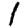
Digit: 1